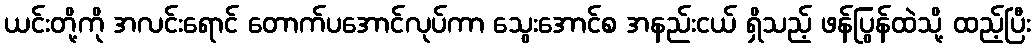
ယင်းတို့ကို အလင်းရောင် တောက်ပအောင်လုပ်ကာ သွေးအောင်စ အနည်းငယ် ရှိသည့် ဖန်ပြွန်ထဲသို့ ထည့်ပြီး